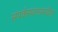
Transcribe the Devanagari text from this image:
संपर्कस्थानामधील